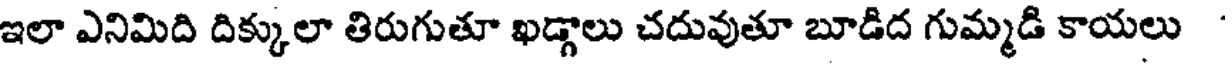
ఇలా ఎనిమిది దిక్కులా తిరుగుతూ ఖడ్గాలు చదువుతూ బూడిద గుమ్మడి కాయలు